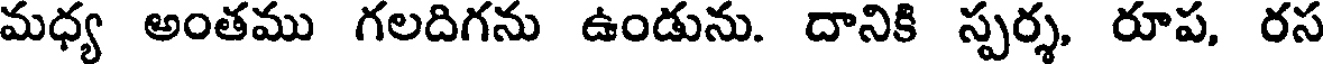
మధ్య అంతము గలదిగను ఉండును. దానికి స్పర్శ, రూప, రస